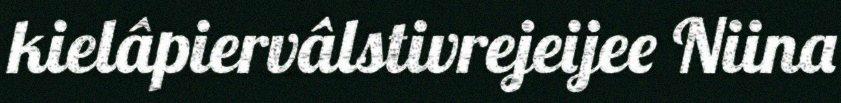
kielâpiervâlstivrejeijee Niina